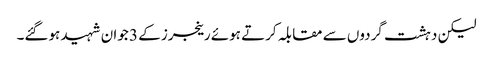
لیکن دہشت گردوں سے مقابلہ کرتے ہوئے رینجرز کے 3 جوان شہید ہوگئے۔